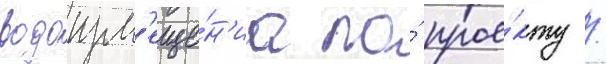
водоизм'еще́н'иа по́ прое́кту /